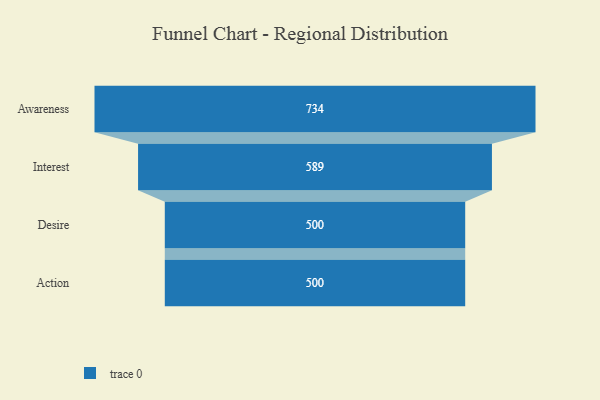
{"axis": {"x": "Stage", "y": "Value"}, "legend": [""], "data": [{"x": "Awareness", "y": 734.0, "type": ""}, {"x": "Interest", "y": 589.0, "type": ""}, {"x": "Desire", "y": 500, "type": ""}, {"x": "Action", "y": 500, "type": ""}]}